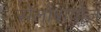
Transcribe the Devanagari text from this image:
सेलोबायोज